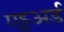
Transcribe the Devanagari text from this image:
एड्डअर्ड